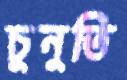
চুনুতি